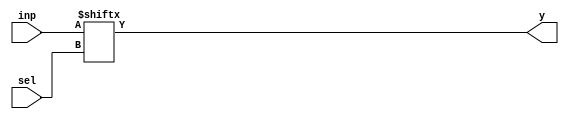
module mux(y,sel,inp);
input [3:0]inp;
input [1:0]sel;
output y;
assign y = inp[sel];
endmodule